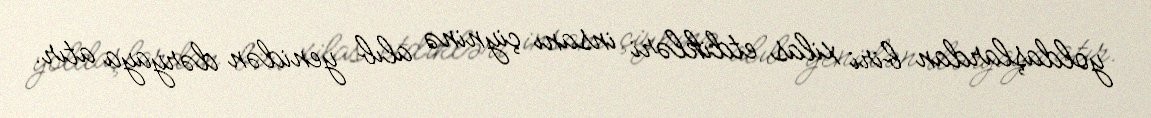
yoldaşlardan biri xilas etdikləri insanı çiyninə alıb yenidən dəryaya atır.